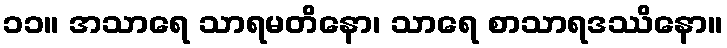
၁၁။ အသာရေ သာရမတိနော၊ သာရေ စာသာရဒဿိနော။